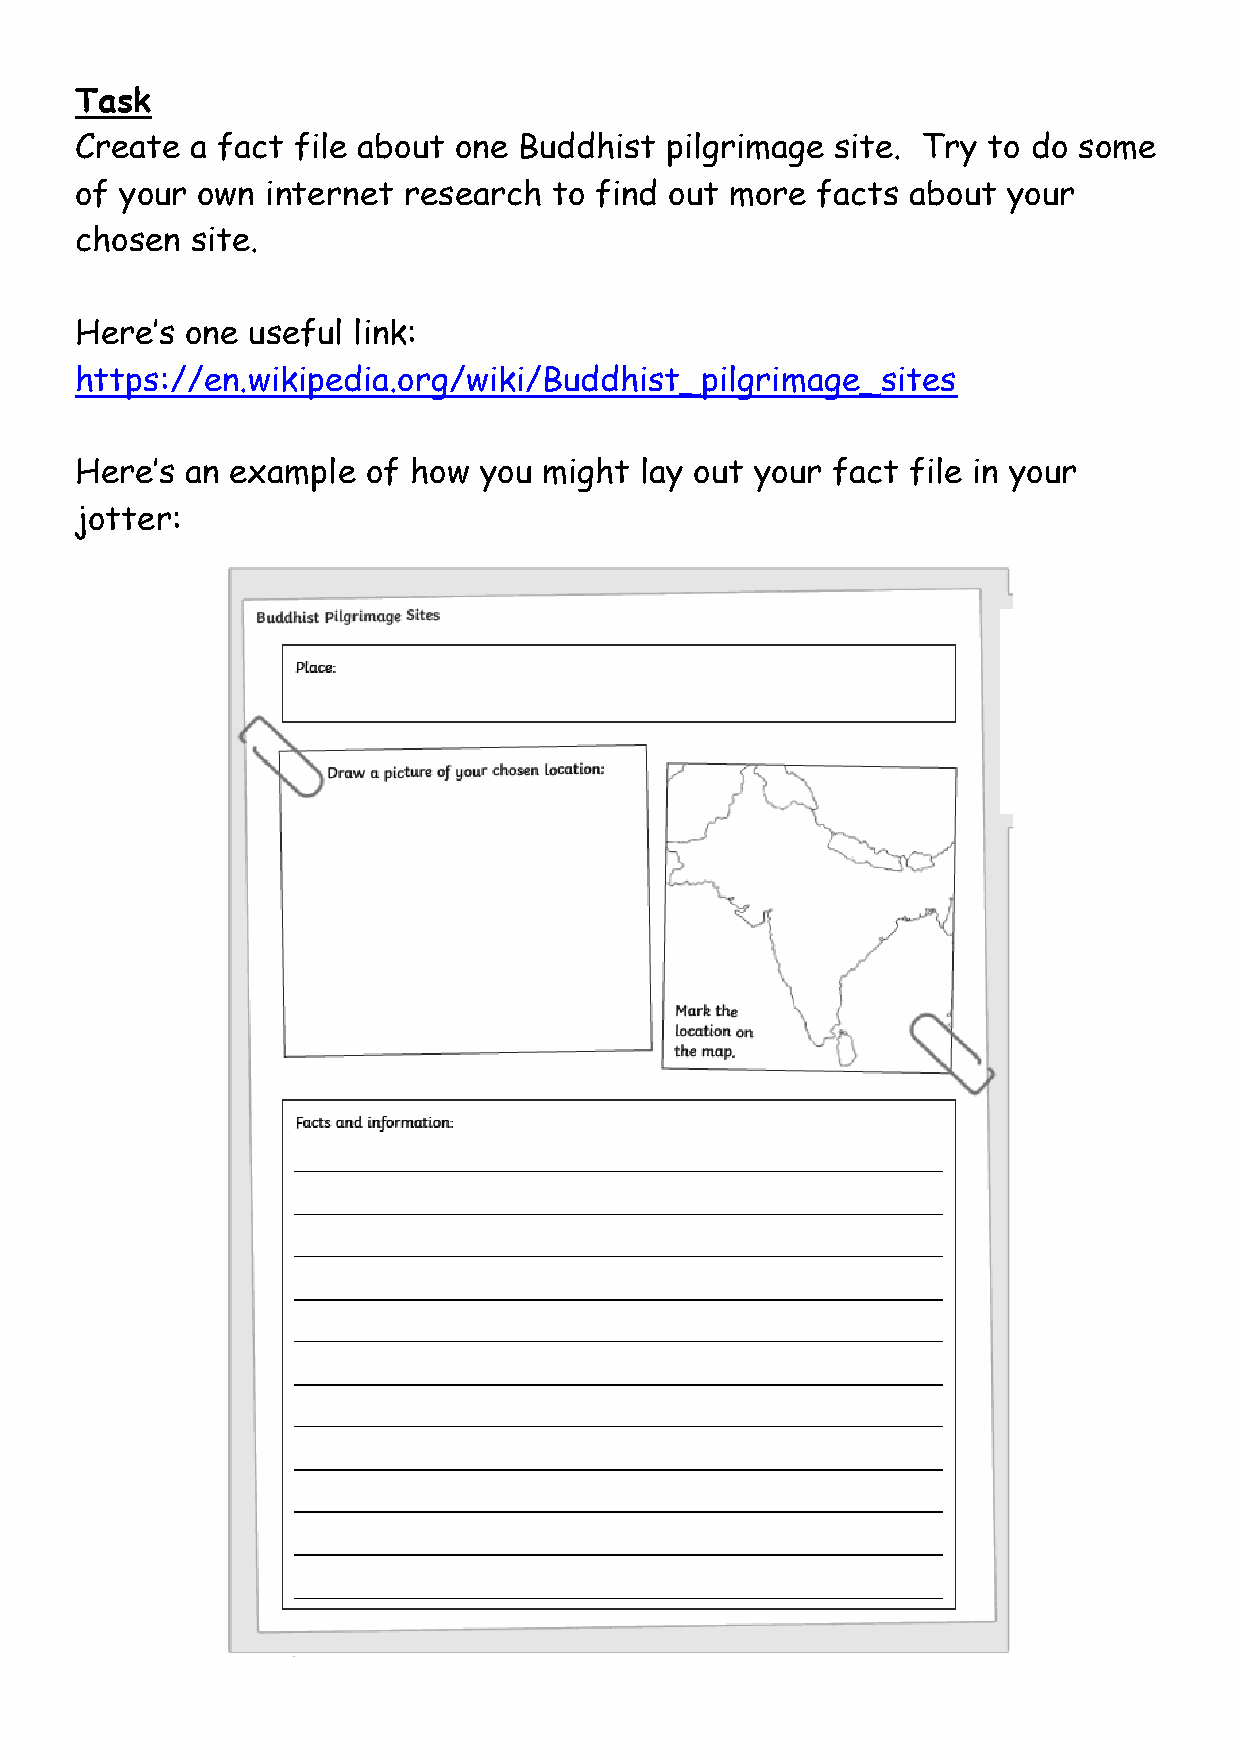
Task
 Create  a fact file about one Buddhist pilgrimage site. Try to do some
 of your own  internet research  to find out more facts about  your
 chosen  site.
 Here’s one useful link:
 https://en.wikipedia.org/wiki/Buddhist_pilgrimage_sites
 Here’s an example  of how  you might lay out your fact file in your
 jotter: